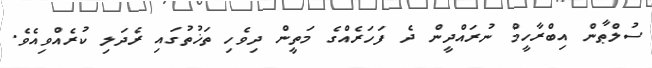
ސުލްޠާން އިބްރާހީމް ނުރައްދީން ދެ ފަހަރެއްގެ މަތީން ދިވެހި ތަޚުތުގައި ރެދަލި ކުރެއްވިއެވެ.